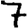
Digit: 7